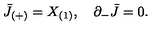
\bar { J } _ { ( + ) } = X _ { ( 1 ) } , \quad \partial _ { - } \bar { J } = 0 .